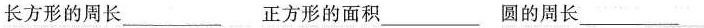
长方形的周长___ 正方形的面积___ 圆的周长___